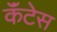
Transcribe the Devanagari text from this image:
कॅंटेस